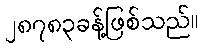
၂၈၇၈၃ခန့်ဖြစ်သည်။